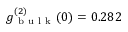
g _ { \mathrm { ~ b ~ u ~ l ~ k ~ } } ^ { ( 2 ) } ( 0 ) = 0 . 2 8 2